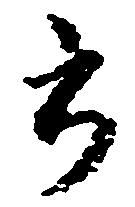
書